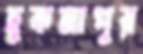
হুকমাপুর